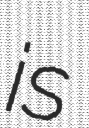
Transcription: is